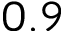
0 . 9